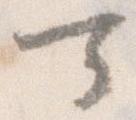
可